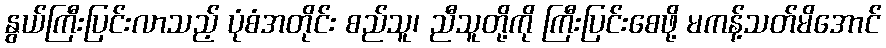
နွယ်ကြီးပြင်းလာသည့် ပုံစံအတိုင်း စည်သူ၊ ညီသူတို့ကို ကြီးပြင်းစေဖို့ မကန့်သတ်မိအောင်